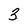
Character: 3